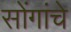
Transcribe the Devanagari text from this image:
सोंगांचे